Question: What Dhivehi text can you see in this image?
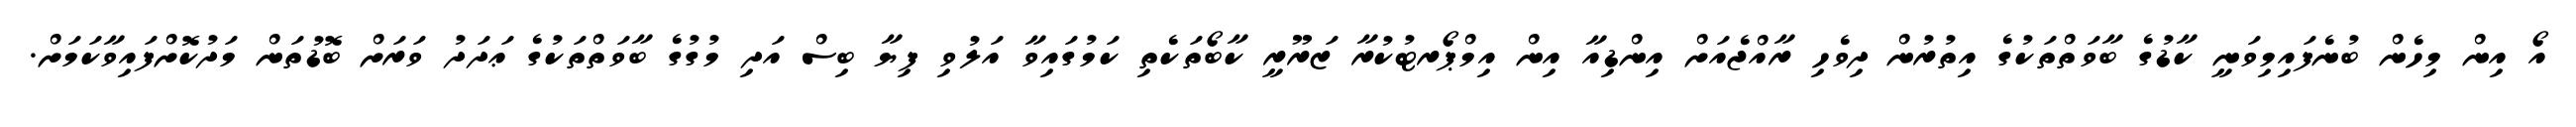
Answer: އޯ އިން މިހެން ބުނެފައިމިވަނީ ކާޑުގެ ބާވަތްތަކުގެ އިތުރުން ދިވެހި ރާއްޖެއަށް އިންޑިއާ އިން އިމްޕޯރޓުކުރާ ޒަރޫރީ ކާބޯތަކެތި ކަމުގައިވާ އަލުވި ފިޔާ ބިސް އަދި މުގުގެ ބާވަތްތަކުގެ ޢަދަދު ވަރަށް ބޮޑުތަން މަދުކޮށްފައިވާކަމަށް.